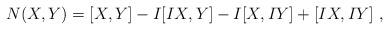
LaTeX: \begin{align*}N(X,Y)=[X,Y]-I[IX,Y]-I[X,IY]+[IX,IY]~,\end{align*}